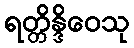
ရတ္တိန္ဒိဝေသု